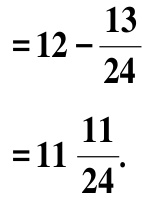
\[
\begin{align*}
&=12 - \frac{13}{24}\\
&=11\frac{11}{24}.
\end{align*}
\]